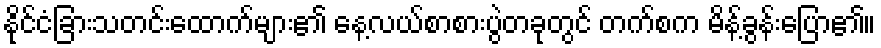
နိုင်ငံခြားသတင်းထောက်များ၏ နေ့လယ်စာစားပွဲတခုတွင် တက်စက မိန့်ခွန်းပြော၏။